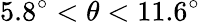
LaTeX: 5.8^{\circ}<\theta<11.6^{\circ}